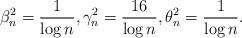
LaTeX: \begin{align*}\beta_n^2 = {1 \over \log{n}}, \gamma_n^2 = {16 \over \log{n}}, \theta_n^2 = {1 \over \log{n}}.\end{align*}